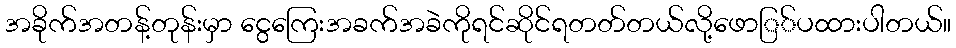
အခိုက်အတန့်တုန်းမှာ ငွေကြေးအခက်အခဲကိုရင်ဆိုင်ရတတ်တယ်လို့ဖောြ်ပထားပါတယ်။